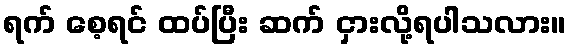
ရက် စေ့ရင် ထပ်ပြီး ဆက် ငှားလို့ရပါသလား။